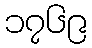
၁၇၆၉